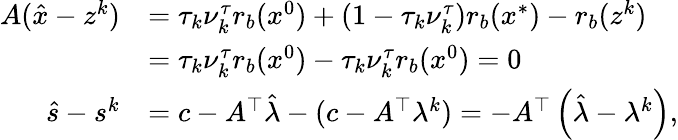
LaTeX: \begin{array}{rl}{A(\hat{x}-z^{k})}&{=\tau_{k}\nu_{k}^{\tau}r_{b}(x^{0})+(1-\tau_{k}\nu_{k}^{\tau})r_{b}(x^{*})-r_{b}(z^{k})}\\ &{=\tau_{k}\nu_{k}^{\tau}r_{b}(x^{0})-\tau_{k}\nu_{k}^{\tau}r_{b}(x^{0})=0}\\ {\hat{s}-s^{k}}&{=c-A^{\top}\hat{\lambda}-(c-A^{\top}\lambda^{k})=-A^{\top}\left(\hat{\lambda}-\lambda^{k}\right),}\end{array}